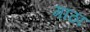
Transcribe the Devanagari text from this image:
गाठा